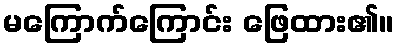
မကြောက်ကြောင်း ဖြေထား၏။